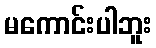
မကောင်းပါဘူး